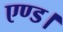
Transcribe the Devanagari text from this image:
एण्ड।